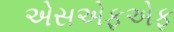
એસએફએફ